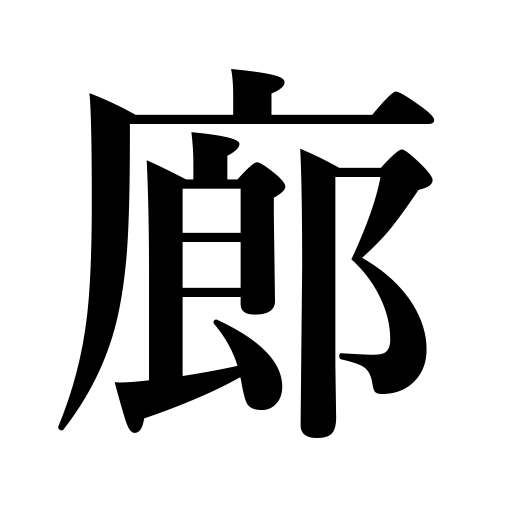
Meanings: watchtower,corridor,tower,hall,lobby